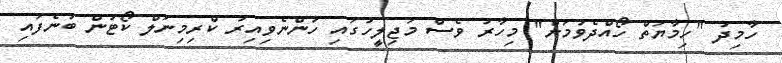
ހާމިދު "ހިމާޔަތް ހޯއްދެވުމަށް" މިހާރު ވެސް މަޖިލީހުގައި ހުންނެވިއިރު ކްރިމިނަލް ކޯޓުން ބުނެފައި